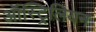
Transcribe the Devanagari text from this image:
ऑस्ट्रिलियन